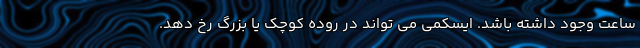
ساعت وجود داشته باشد. ایسکمی می تواند در روده کوچک یا بزرگ رخ دهد.